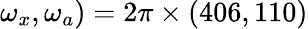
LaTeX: \omega_{x},\omega_{a})=2\pi\times(406,110)